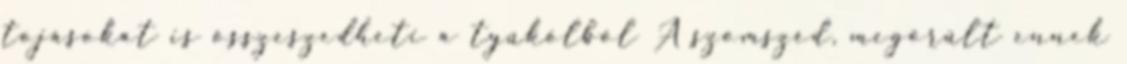
tojásokat is összeszedheti a tyúkólból A szomszéd, megörült ennek